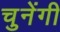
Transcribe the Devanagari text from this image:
चुनेंगी